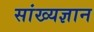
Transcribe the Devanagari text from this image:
सांख्यज्ञान